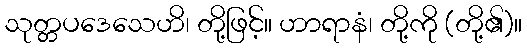
သုတ္တပဒေသေဟိ၊ တို့ဖြင့်။ ဟာရာနံ၊ တို့ကို (တို့၏)။